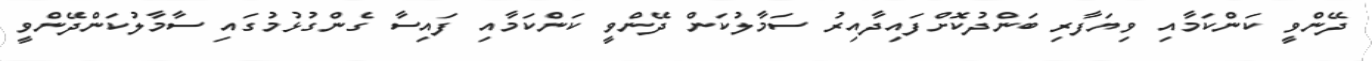
ދޭންވީ ކަންކަމާއި ވިޔަފާރި ބަންދުކޮށްފައިދާއިރު ސަމާލުކަން ދޭންވީ ކަންކަމާއި ފައިސާ ގެންގުޅުމުގައި ސާމާލުކަންދޭންވީ